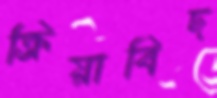
ক্রিয়াবিদ